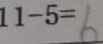
1 1 - 5 = 6